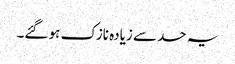
یہ حد سے زیادہ نازک ہو گئے۔